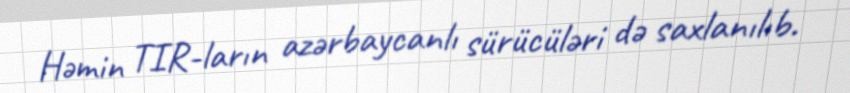
Həmin TIR-ların azərbaycanlı sürücüləri də saxlanılıb.